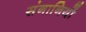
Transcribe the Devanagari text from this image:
संनानियों